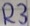
Text: R3